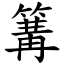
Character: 篝